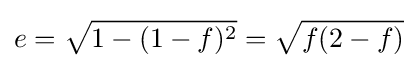
e={\sqrt {1-(1-f)^{2}}}={\sqrt {f(2-f)}}